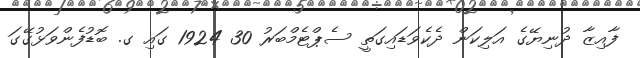
ފާއިޒާ ދުނިޔޭގެ އަލިކަން ދެކެވަޑައިގަތީ ސެޕްޓެމްބަރު 30 1924 ގައި ގ. ބޮޑުފެންވަޅުގޭގަ